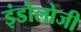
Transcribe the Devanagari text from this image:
इंडोलोजी